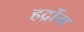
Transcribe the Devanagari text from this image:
हर्द्रोग